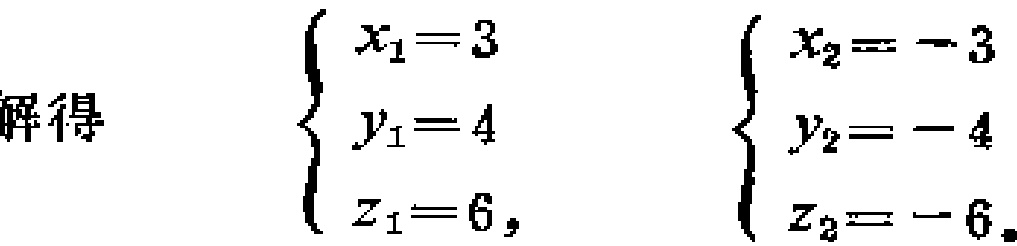
解得

\(\begin{cases}

x_{1}=3 \\

y_{1}=4 \\

z_{1}=6,

\end{cases}\)

\(\begin{cases}

x_{2}=-3 \\

y_{2}=-4 \\

z_{2}=-6.

\end{cases}\)